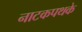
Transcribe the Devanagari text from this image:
नाटकपथके